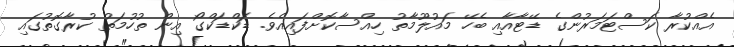
އެއްކުރާ ކަސްޓަމަރުންގެ ޑޭޓާއާއި ބެހޭ މައުލޫމާތު ހިއްސާކޮށްފައިއެވެ. ޑަކްޑަކްގޯ އިން ތުހުމަތު ކުރާގޮތުގައި